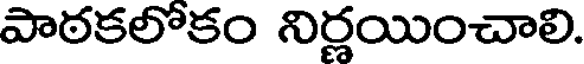
పాఠకలోకం నిర్ణయించాలి.